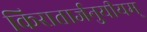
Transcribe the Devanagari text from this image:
किरातार्जनुयीयम्‌